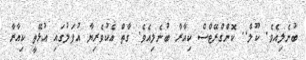
ބުނެލިއެވެ. ކޫލް.. ކޮންގްރޭޓްސް ކިއާރާ ބުނެލިއެވެ. ގާތް އެކުވެރިޔާ އުފަލުގައި އުޅޭތީ ކިއާރާ